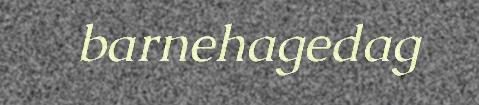
barnehagedag